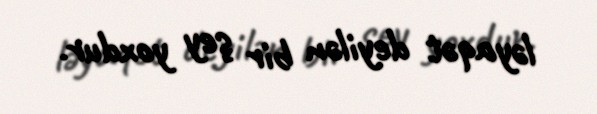
ləyaqət deyilən bir şey yoxdur.